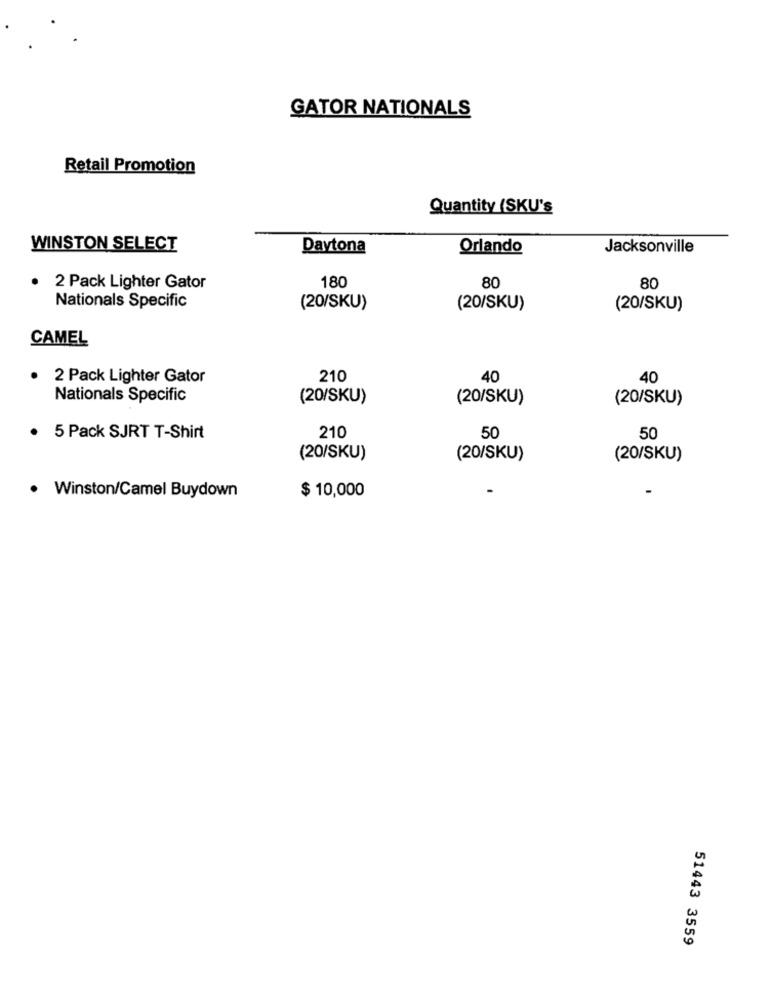
GATOR NATIONALS
Retail Promotion
Quantity (SKU's
WINSTON SELECT
Daytona
Orlando
Jacksonville
180
80
2 Pack Lighter Gator
80
Nationals Specific
(20/SKU)
(20/SKU)
(20/SKU)
CAMEL
2 Pack Lighter Gator
210
40
40
Nationals Specific
(20/SKU)
(20/SKU)
(20/SKU)
210
. 5 Pack SJRT T-Shirt
50
50
(20/SKU)
(20/SKU)
(20/SKU)
$ 10,000
. Winston/Camel Buydown
51443 3559